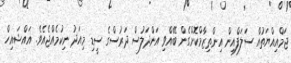
ޖަމްއިއްޔަތުއް ސަލަފްއިން އިންތިޒާމްކޮށްގެން ބޭއްވި އަންދަލުސް ދަރުސްގެ ސީޑި މިއަދު ނިކުމެއްޖެއެވެ. އައްޝައިހް